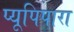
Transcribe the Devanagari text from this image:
प्यूपिपारा